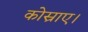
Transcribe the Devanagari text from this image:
कोस्राए।